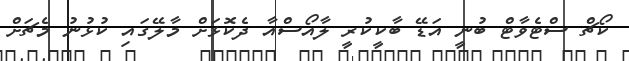
ކޯޗް ސްޓެވާޓް ބުނީ އަޑޭ ބާކީކުރީ ލާއޯސްއާ ދެކޮޅަށް މާލޭގައި ކުޅުނު މެޗަށް